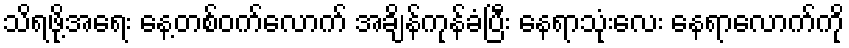
သိရဖို့အရေး နေ့တစ်ဝက်လောက် အချိန်ကုန်ခံပြီး နေရာသုံးလေး နေရာလောက်ကို